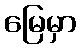
မြေမှာ